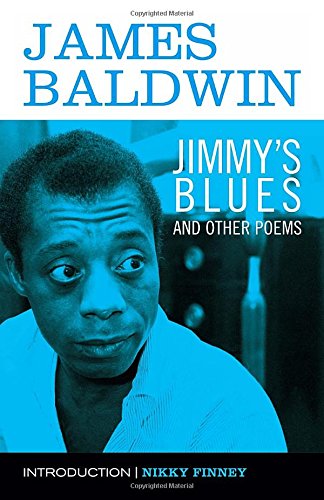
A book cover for Jimmy's Blues and Other Poems; James Baldwin; Literature & Fiction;